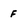
Character: f